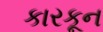
કારકૂન